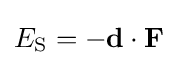
E_{\text{S}}=-\mathbf {d} \cdot \mathbf {F}